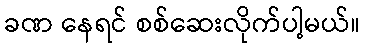
ခဏ နေရင် စစ်ဆေးလိုက်ပါ့မယ်။